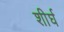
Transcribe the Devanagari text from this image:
शीर्घ